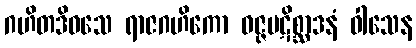
ဂဟိတဒိဝသေ ရာဇဂဟိကော ဝဇ္ဇပဋိစ္ဆာဒနံ ဝါသေန